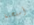
أسلحتنا